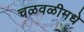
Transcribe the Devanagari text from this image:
चळवळीमधे